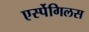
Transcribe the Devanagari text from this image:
एर्स्पेगिलस